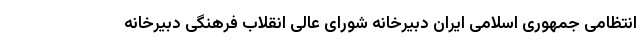
انتظامی جمهوری اسلامی ایران دبیرخانه شورای عالی انقلاب فرهنگی دبیرخانه